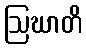
ဩဃာတိ